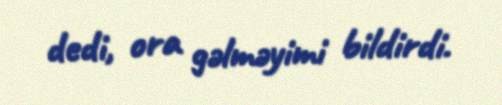
dedi, ora gəlməyimi bildirdi.